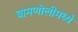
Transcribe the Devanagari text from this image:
बामणोलीमध्ये